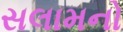
સલામનો